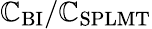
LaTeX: \mathbb{C}_{\mathrm{{BI}}}/\mathbb{C}_{\mathrm{{SPLMT}}}